Lunatic asylums Central Provinces reports 1895-1909 - 1895-1909
Year: 1895
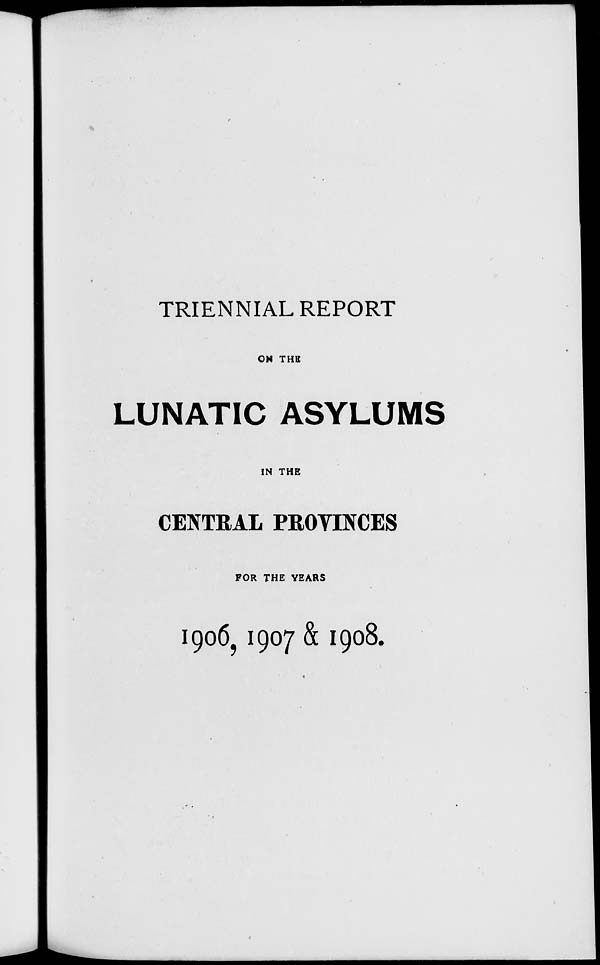
TRIENNIAL REPORT
ON THE
LUNATIC ASYLUMS
IN THE
CENTRAL PROVINCES
FOR THE YEARS
1906, 1907 & 1908.